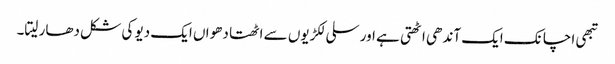
تبھی اچانک ایک آندھی اٹھتی ہے اور سلی لکڑیوں سے اٹھتا دھواں ایک دیو کی شکل دھار لیتا۔